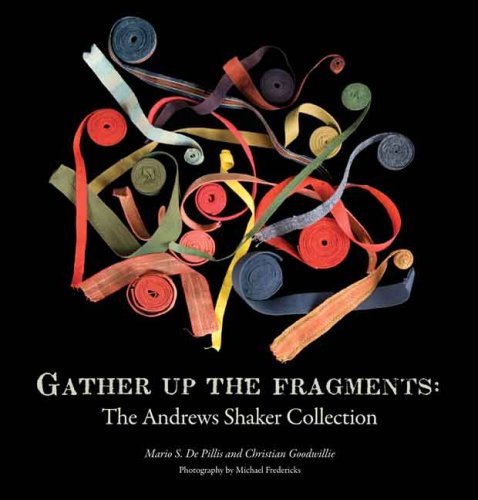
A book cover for Gather Up the Fragments: The Andrews Shaker Collection; Mario S. De Pillis; Christian Books & Bibles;